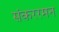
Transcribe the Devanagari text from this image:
संकररमन